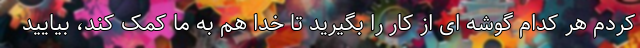
کردم هر کدام گوشه ای از کار را بگیرید تا خدا هم به ما کمک کند، بیایید